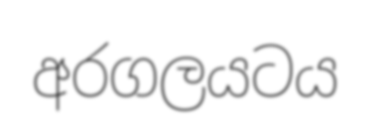
අරගලයටය